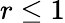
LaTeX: r\leq 1